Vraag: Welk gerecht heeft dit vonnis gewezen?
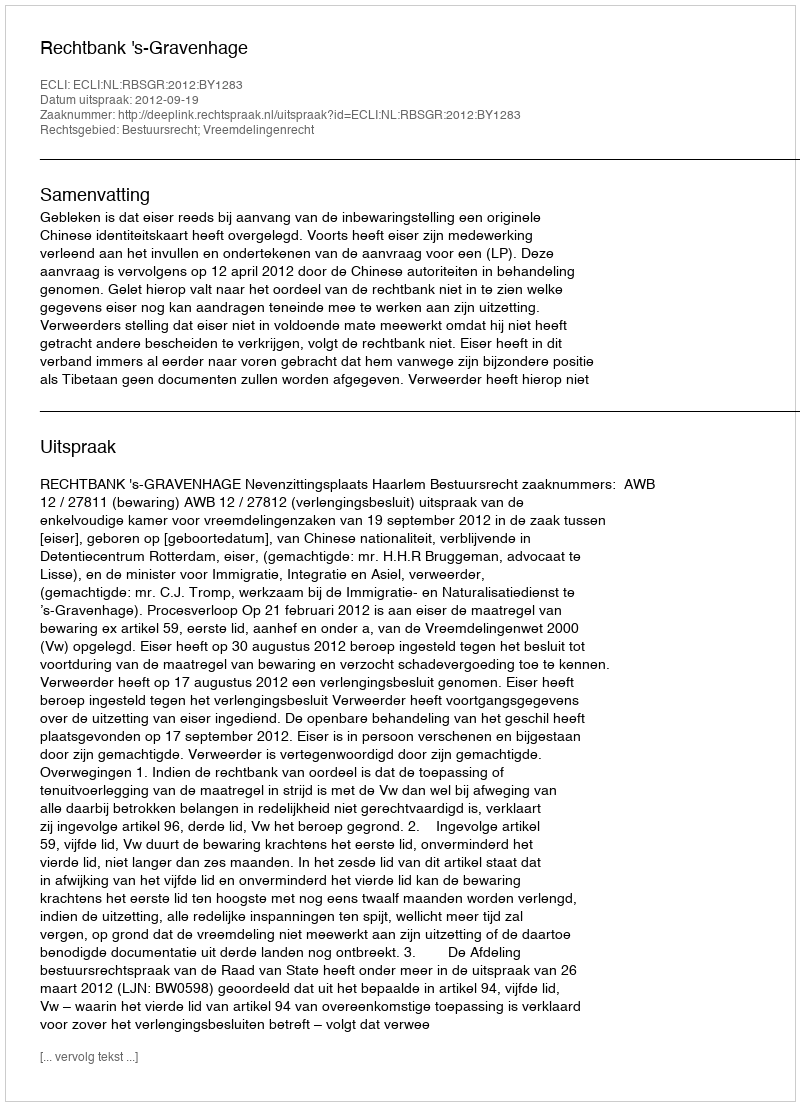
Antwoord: Rechtbank 's-Gravenhage